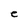
Character: e